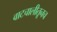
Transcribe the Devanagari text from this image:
वाटचालीतूनच